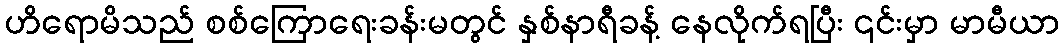
ဟိရောမိသည် စစ်ကြောရေးခန်းမတွင် နှစ်နာရီခန့် နေလိုက်ရပြီး ၎င်းမှာ မာမီယာ